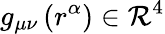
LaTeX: g_{\mu\nu}\left(r^{\alpha}\right)\in\mathcal{R}^{4}